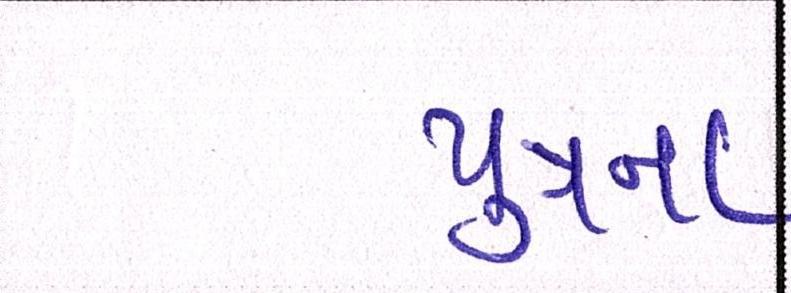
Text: પુત્રના